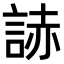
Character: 𧨃